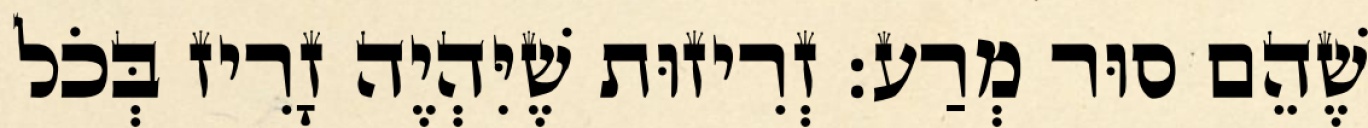
שֶׁהֵם סוּר מְרַע: זְרִיזוּת שֶׁיִּהְיֶה זָרִיז בְּכֹל